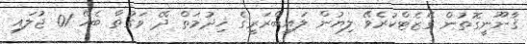
ޤާނޫނީގޮތުން ގެޒެޓްކުރެވޭ ލިޔުން ލައިބްރަރީގެ ޚިދުމަތް ދޭ ވަގުތާ ބެހޭ 01 ޖުލައި